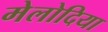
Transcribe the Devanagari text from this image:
मेलोदिया